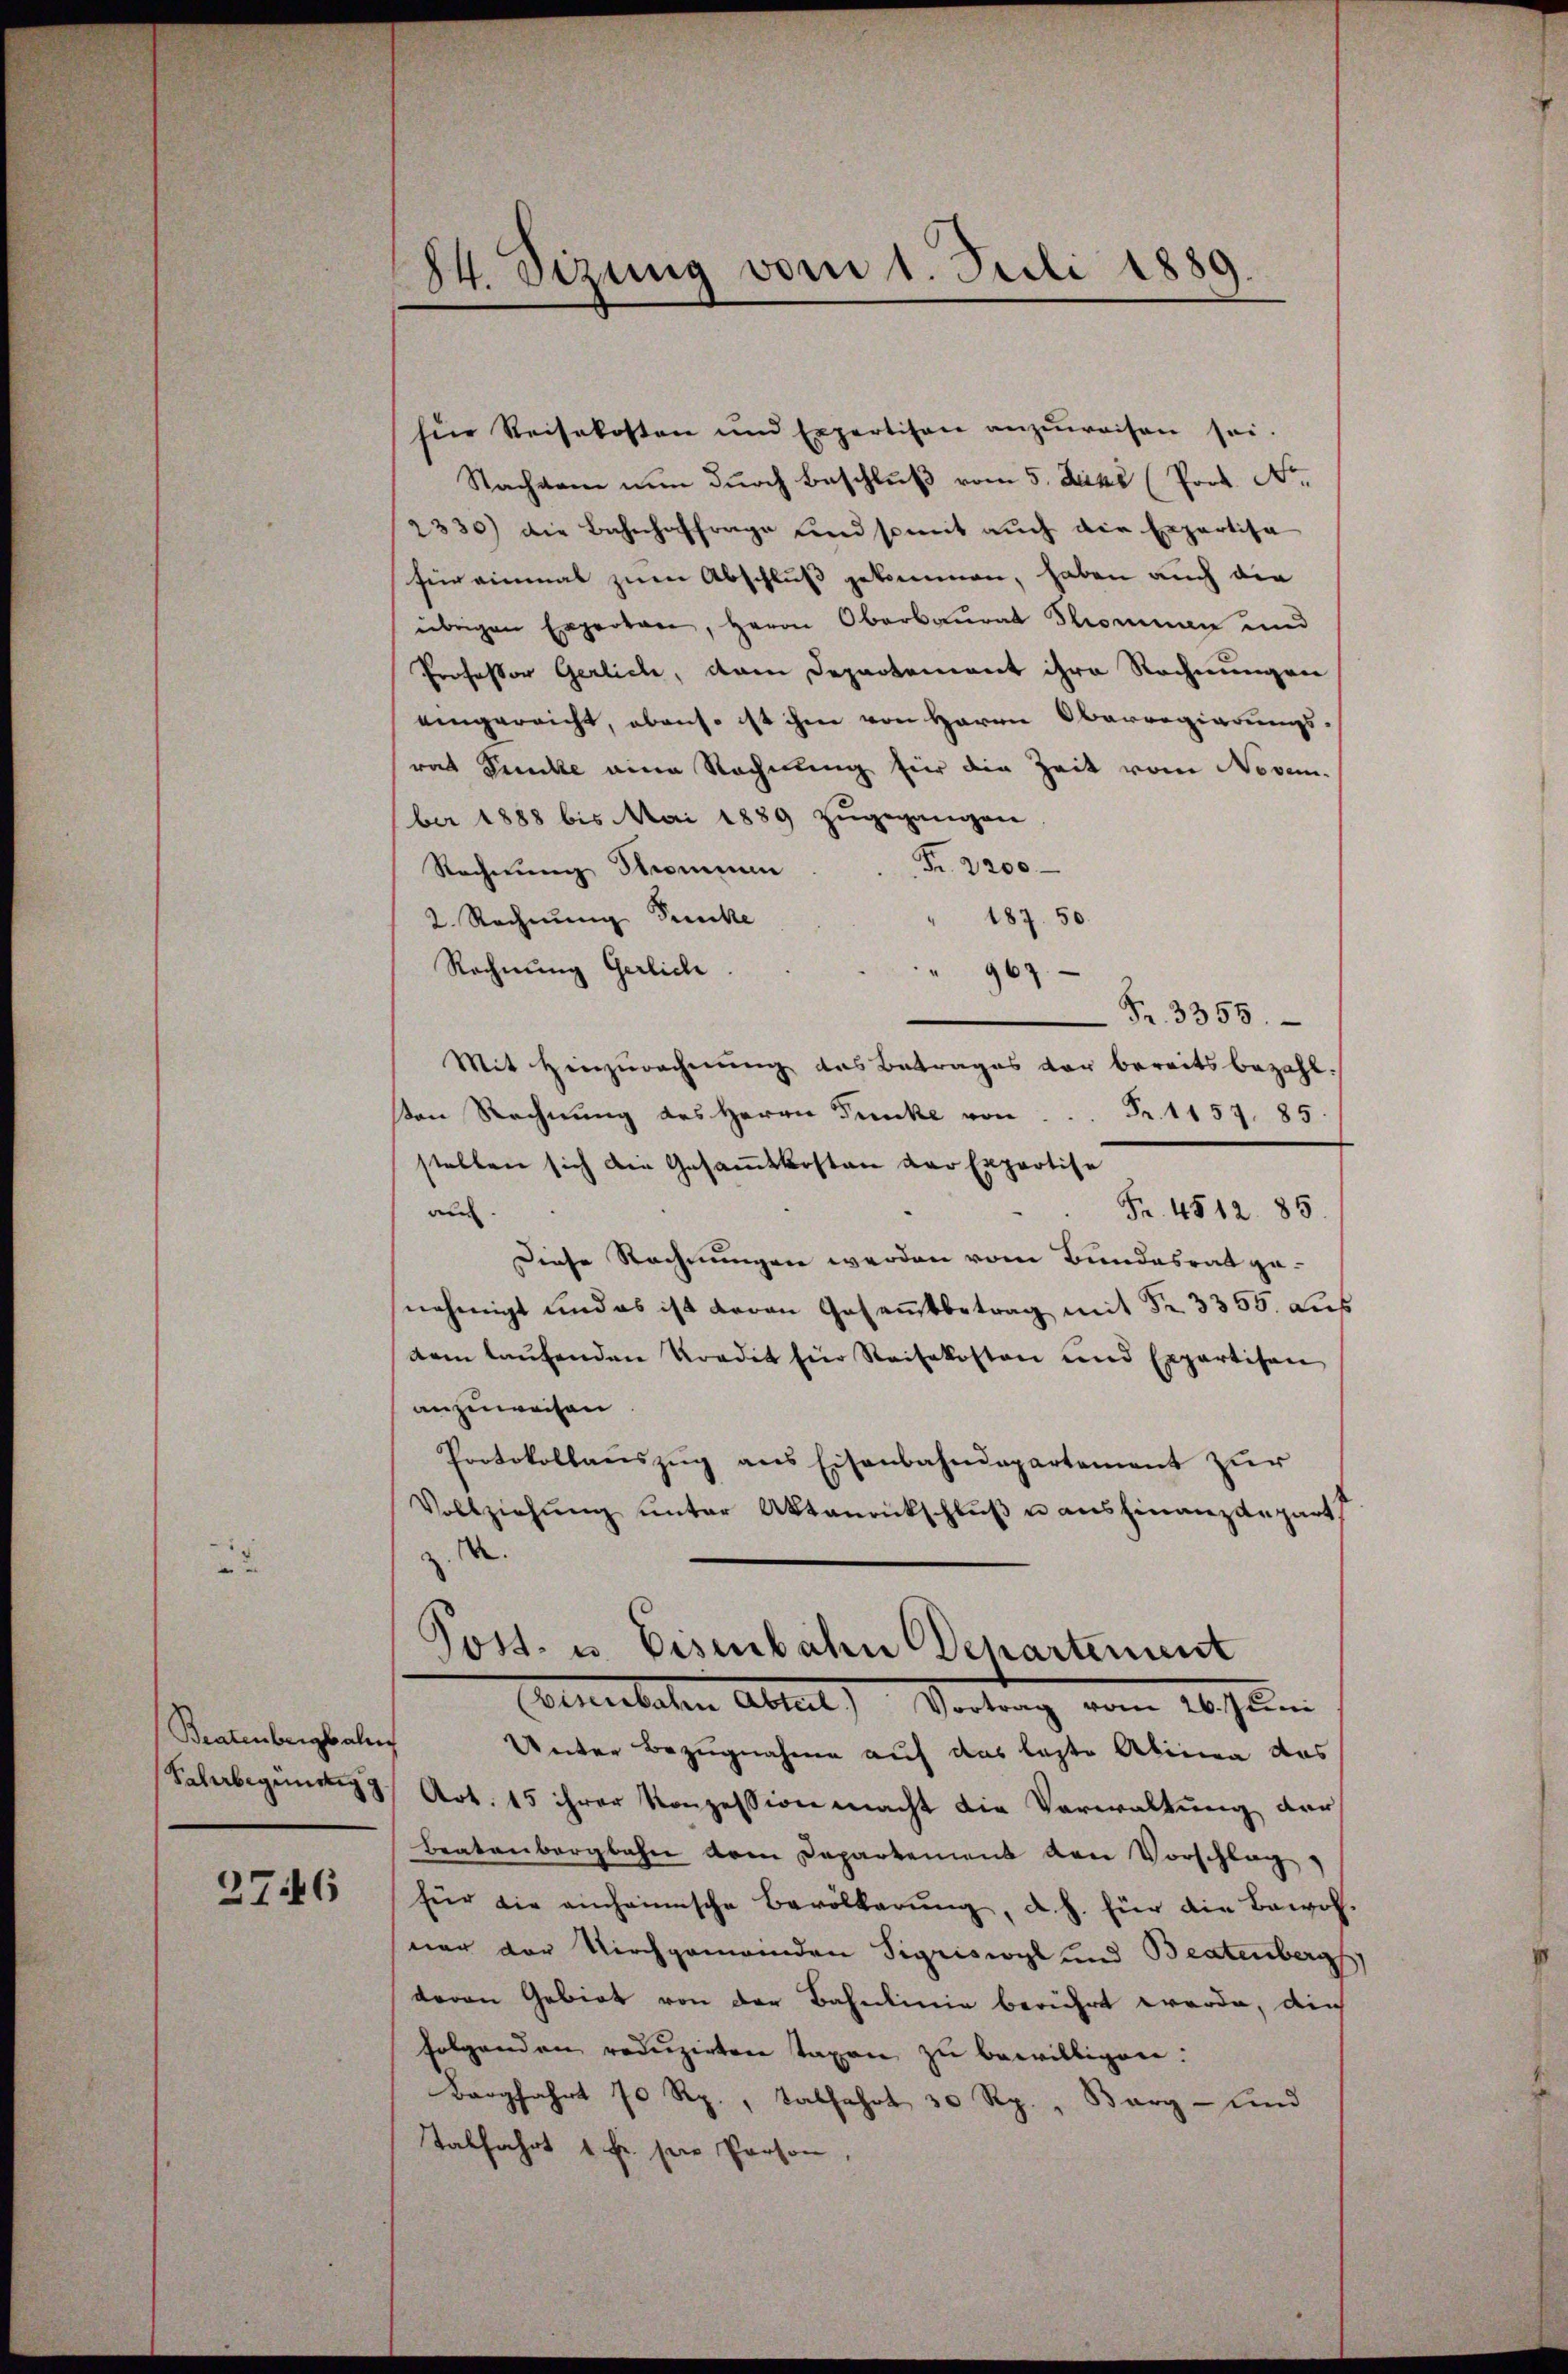
Bratenbergbahn
Sahrbegünstig g

2746

84. Sizung vom 1. Juli 1889.
¬

hine Reisekosten und Expertison anzuweisen sei.
Nachdem nun durch Beschluß vom 5. Juni (Poot. No.
2330) die Bahnhoffrage und somit auch die Erpartisa
für einmal zum Abschluß gekommen, haben auch die
übrigen Experten, Herrn Oberbaurat Thommen und
Professor Gerlich, dem Departement ihre Rechnungen
eingereicht, obenso ist ihm von Herrn Oberregierungs-
rat Puncke eine Rechnung für die Zeit vom Novem-
ber 1888 bis Mai 1889 zugegangen
Fr. 2200
Rechnung Strommen
2. Rechnung Puncke
187. 50
Rechnung Gerlich
 967
Fr. 3355.
Mit Hinzurechnŭng des Betrages der bereits bezahl
ten Rechnung des Herrn Funke von  ..  ..  Fr. 1157. 85.
stellen sich die Gesammtkosten der Expertise
Fr. 4512. 85.
au
Diese Rechnungen werden vom Bundesrat genehmigt und es ist daran Gesammtbetrag mit Fr. 3355. aus
dem laufenden Vordet für Reisekosten und Expertisen
anzuweisen
Protokollaŭszŭg ans Eisenbahndepartement zur
Vollziehŭng unter Aktenrickschlŭβ u ausfinanzdepart
z.
Post- u. Eisenbahn Departement
Clubaten Abteil) Vortrag vom 26. Juni
Unter Bezugnahme auf das letzte Abinen das
Art. 15 ihrer Konzession macht die Verwaltung der
Beatenbergbahn vom Departement den Vorschlag
für die einheimische Bevölkerŭng, d. h. für die Bewohner der Kirchgemeinden Sigriswyl und Beatenberg
deren Gebiet von der Bahnlinie berührt werde, die
folgenden redŭzirten Taxen zŭ bewilligen:
Baagfahrt 70 Rp., Sabfahrt 30 Rp., Berg- und
Tabfahrt 1 Fr. seie Person